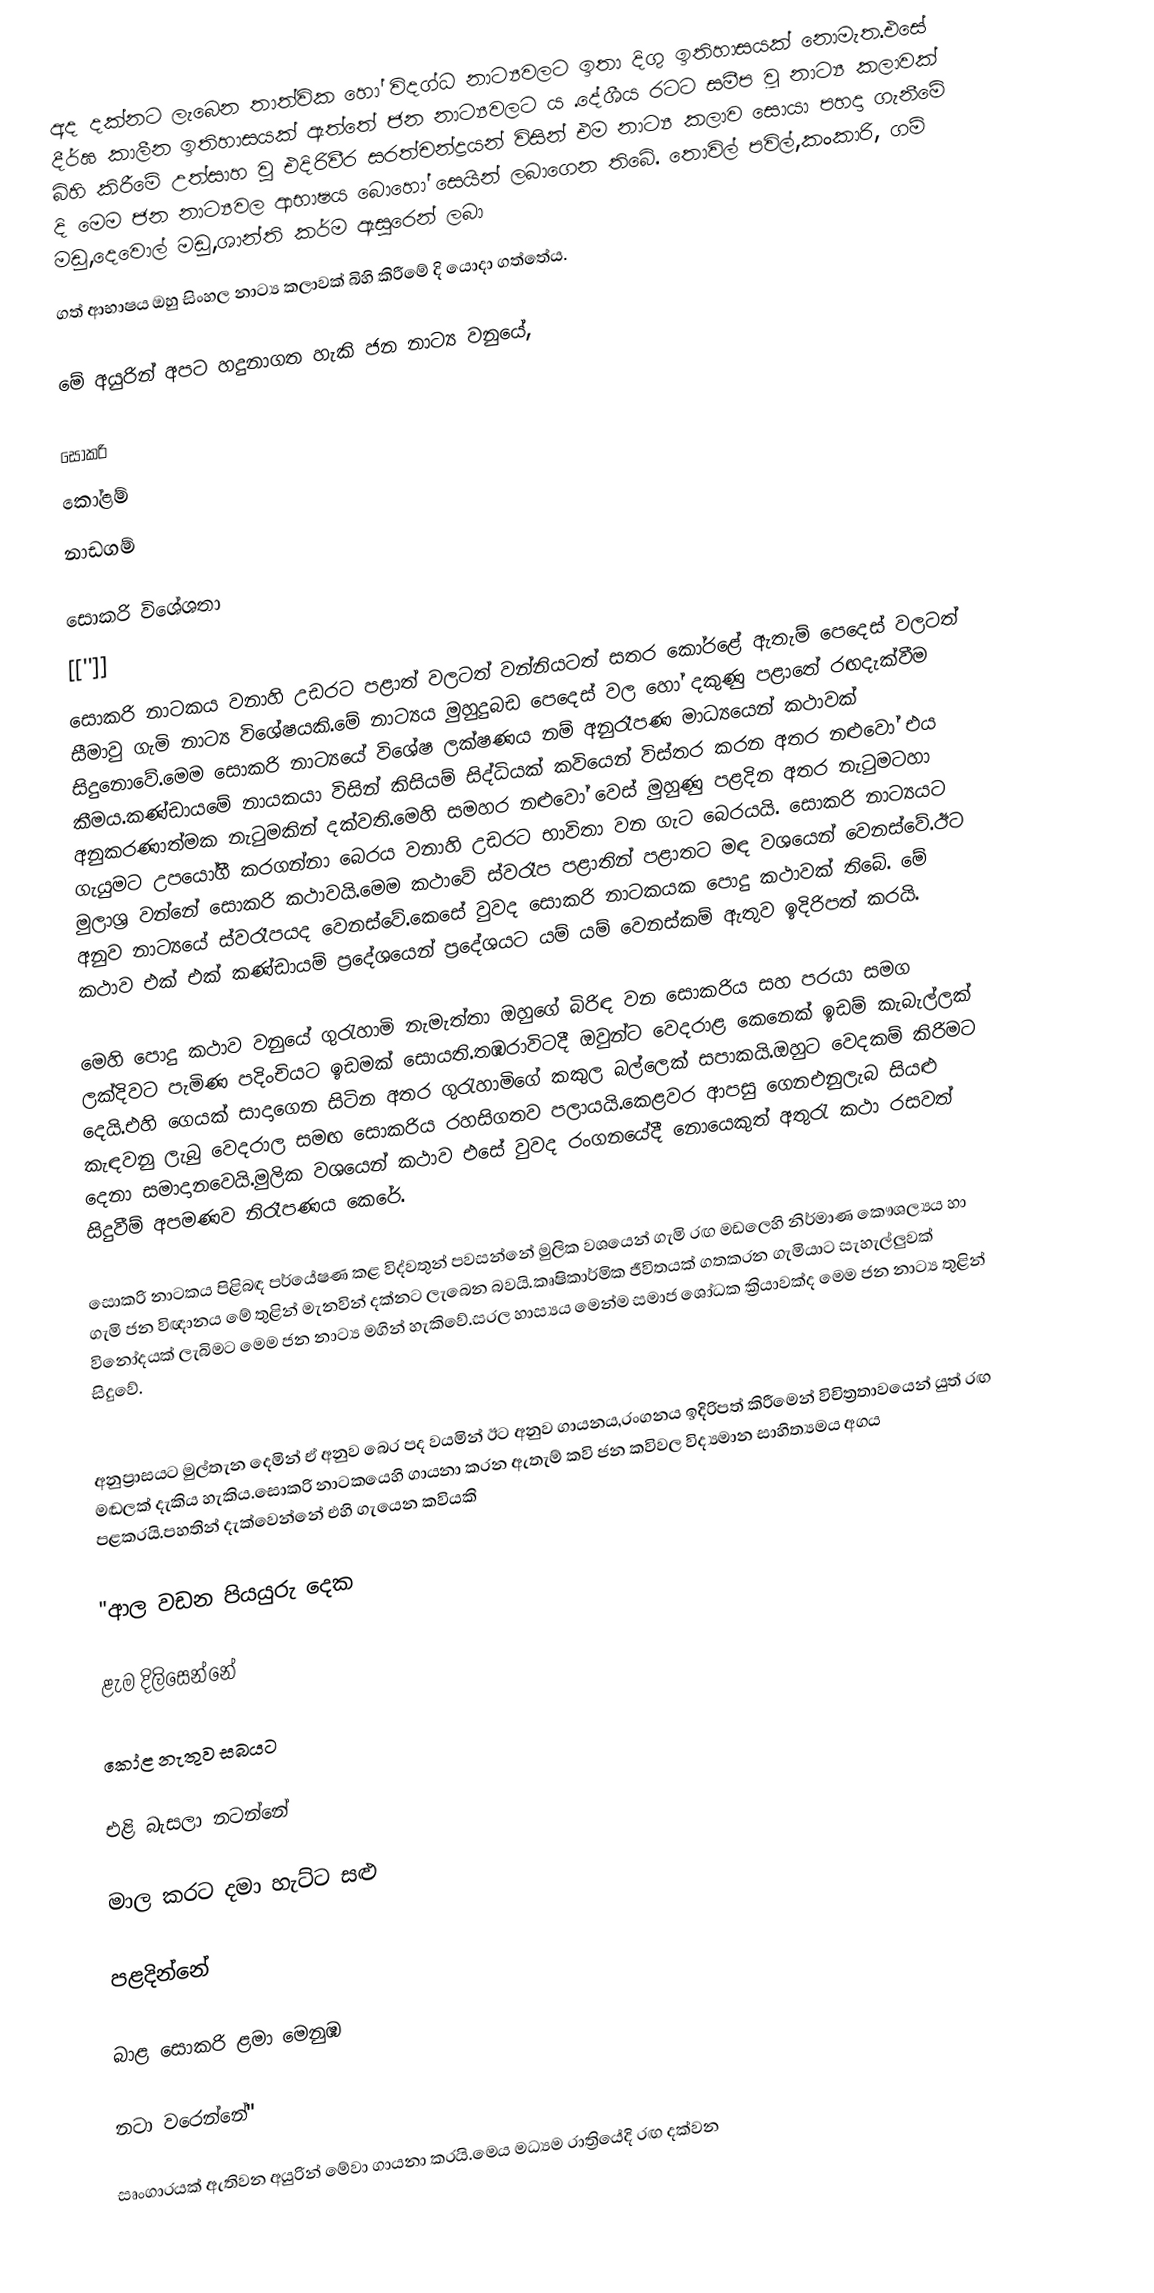
අද දක්නට ලැබෙන තාත්වික හෝ විදග්ධ නාට්‍යවලට ඉතා දිගු ඉතිහාසයක් නොමැත.එසේ දීර්ඝ කාලීන ඉතිහාසයක් ඇත්තේ ජන නාට්‍යවලට ය .දේශීය රටට සමීප වූ නාට්‍ය කලාවක් බිහි කිරීමේ උත්සාහ වු එදිරිවීර සරත්චන්ද්‍රයන් විසින් එම නාට්‍ය කලාව සොයා පහදා ගැනීමේ දි මෙම ජන නාට්‍යවල ආභාෂය බොහෝ සෙයින් ලබාගෙන තිබේ. තොවිල් පවිල්,කංකාරි, ගම්  මඩු,දෙවොල් මඩු,ශාන්ති කර්ම ඇසුරෙන් ලබා
ගත් ආභාෂය ඔහු සිංහල නාට්‍ය කලාවක් බිහි කිරීමේ දි යොදා ගත්තේය.

මේ අයුරින් අපට හදුනාගත හැකි ජන නාට්‍ය වනුයේ,

 සොකරි
කෝළම්
 නාඩගම්

සොකරි විශේශතා
 [['']]
සොකරි නාටකය වනාහි උඩරට පළාත් වලටත් වන්නියටත් සතර කෝරළේ ඇතැම් පෙදෙස් වලටත් සීමාවු ගැමි නාට්‍ය විශේෂයකි.මේ නාට්‍යය මුහුදුබඩ පෙදෙස් වල හෝ දකුණු පළාතේ රඟදැක්වීම සිදුනොවේ.මෙම සොකරි නාට්‍යයේ විශේෂ ලක්ෂණය නම් අනුරෑපණ මාධ්‍යයෙන් කථාවක් කීමය.කණ්ඩායමේ නායකයා විසින් කිසියම් සිද්ධියක් කවියෙන් විස්තර ‍කරන අතර නළුවෝ එය  අනුකරණාත්මක නැටුමකින් දක්වති.මෙහි සමහර නළුවෝ වෙස් මුහුණු පළදින අතර නැටුමටහා ගැයුමට උපයෝගී කරගන්නා බෙරය වනාහි උඩරට භාවිතා වන ගැට බෙරයයි. සොකරි නාට්‍යයට මුලාශ්‍ර වන්නේ සොකරි කථාවයි.මෙම කථාවේ ස්වරෑප පළාතින් පළාතට ‍මඳ වශයෙන් වෙනස්වේ.ඊට අනුව නාට්‍යයේ ස්වරෑපයද වෙනස්වේ.කෙසේ වුවද සොකරි නාටකයක පොදු කථාවක් තිබේ. මේ කථාව එක් එක් කණ්ඩායම් ප්‍රදේශයෙන් ප්‍රදේශයට යම් යම් වෙනස්කම් ඇතුව ඉදිරිපත් කරයි.

මෙහි පොදු කථාව වනුයේ ගුරැහාමි නැමැත්තා ඔහුගේ බිරිඳ වන සොකරිය සහ පරයා සමග ලක්දිවට පැමිණ පදිංචියට ඉඩමක් සොයති.තඹරාවිටදී ඔවුන්ට වෙදරාළ කෙනෙක් ඉඩම් කැබැල්ලක් දෙයි.එහි ගෙයක් සාදාගෙන සිටින අතර ගුරැහාමිගේ කකුල බල්ලෙක් සපාකයි.ඔහුට වෙදකම් කිරිමට කැඳවනු ලැබු වෙදරාල සමඟ සොකරිය රහසිගතව පලායයි.කෙළවර ආපසු ගෙනඑනුලැබ සියළු දෙනා සමා‍දානවෙයි.මුලික වශයෙන් කථාව එසේ වුවද රංගනයේදී නොයෙකුත් අතුරැ කථා රසවත් සිදුවීම් අපමණව නිරෑපණය කෙරේ.

සොකරි නාටකය පිළිබඳ පර්යේෂණ කළ විද්වතුන් පවසන්නේ මුලික වශයෙන් ගැමි රඟ මඩලෙහි නිර්මාණ කෞශල්‍යය හා ගැමි ජන විඥානය මේ තුළින් මැනවින් දක්නට ලැබෙන බවයි.කෘෂිකාර්මික ජීවිතයක් ගතකරන ගැමියාට සැහැල්ලුවක් විනෝදයක් ලැබිමට මෙම ජන නාට්‍ය මගින් හැකිවේ.සරල හාස්‍යය මෙන්ම සමාජ ශෝධක ක්‍රියාවක්ද මෙම ජන නාට්‍ය තුළින් සිදුවේ.

අනුප්‍රාසයට මුල්තැන දෙමින් ඒ අනුව බෙර පද වයමින් ඊට අනුව ගායනය,රංගනය ඉදිරිපත් කිරී‍මෙන් විචිත්‍රතාවයෙන් යුත් රඟ මඬලක් දැකිය හැකිය.සොකරි නාටකයෙහි ගායනා කරන ඇතැම්  කවි ජන කවිවල විද්‍යමාන සාහිත්‍යමය අගය පළකරයි.පහතින් දැක්වෙන්නේ එහි ගැ‍යෙන කවියකි

"ආල වඩන  පියයුරු  දෙක

ළැම   දිලිසෙන්නේ

කෝළ  නැතුව  සබයට

එළි බැසලා  නටන්නේ

මාල කරට  දමා  හැට්ට  සළු

පළදින්නේ

බාළ  සොකරි  ළමා   මෙනුඹ

නටා වරෙන්නේ''

සෘංගාරයක් ඇතිවන අයුරින් මේවා ගායනා කරයි.මෙය මධ්‍යම රාත්‍රියේදි රඟ දක්වන